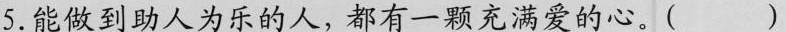
5.能做到助人为乐的人，都有一颗充满爱的心。( )